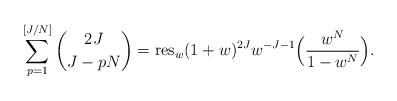
\begin{align*} \sum_{p=1}^{[J/N]}\binom {2J} {J-pN}=\hbox{res}_{w}(1+w)^{2J}w^{-J-1}\Big(\frac{w^{N}}{1-w^{N}} \Big). \end{align*}